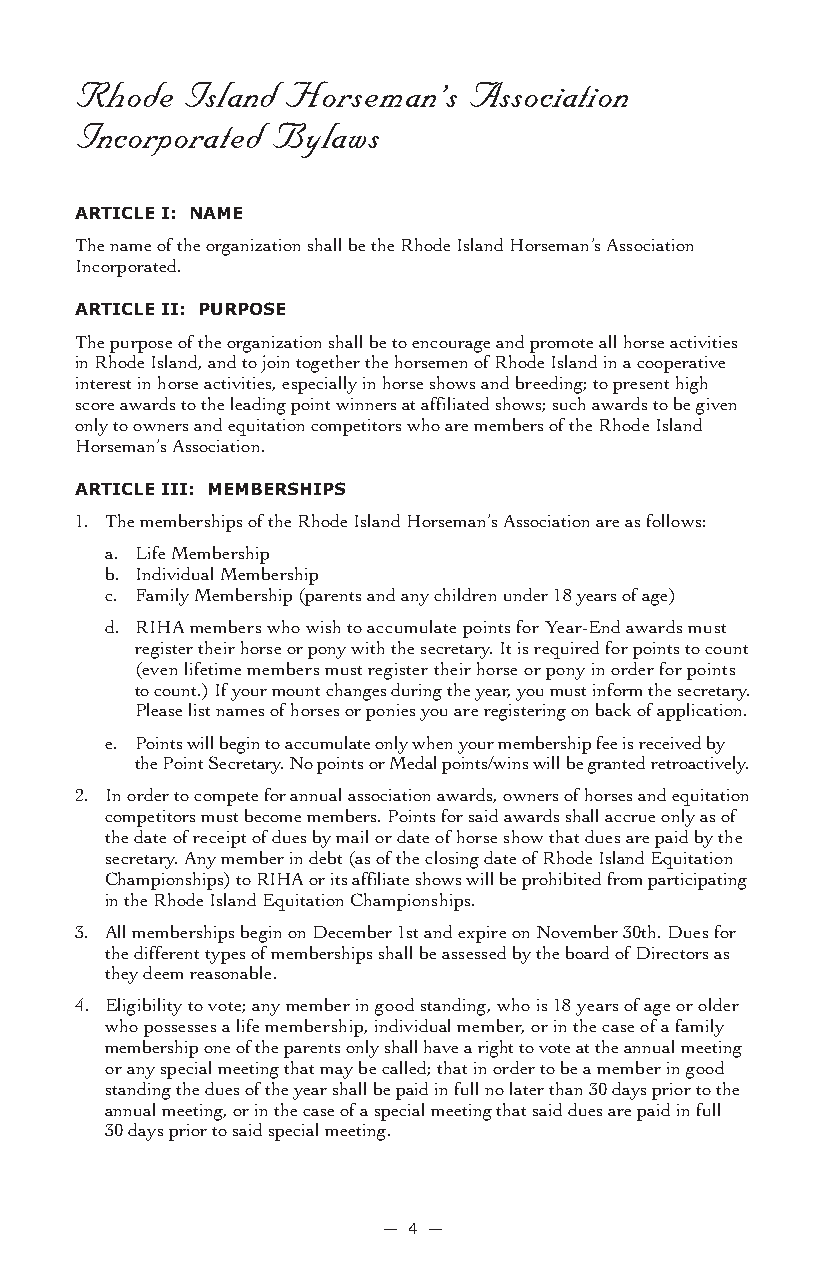
Rhode  Island Horseman’s  Association
 Incorporated Bylaws
 arTiCLe i: naMe
 The name of the organization shall be the Rhode Island Horseman’s Association
 Incorporated.
 arTiCLe ii: PUrPose
 The purpose of the organization shall be to encourage and promote all horse activities
 in Rhode Island, and to join together the horsemen of Rhode Island in a cooperative
 interest in horse activities, especially in horse shows and breeding; to present high
 score awards to the leading point winners at affiliated shows; such awards to be given
 only to owners and equitation competitors who are members of the Rhode Island
 Horseman’s Association.
 arTiCLe iii: MeMBersHiPs
 1. The memberships of the Rhode Island Horseman’s Association are as follows:
 a. Life Membership
 b. Individual Membership
 c. Family Membership (parents and any children under 18 years of age)
 d. RIHA members who wish to accumulate points for Year-End awards must
 register their horse or pony with the secretary. It is required for points to count
 (even lifetime members must register their horse or pony in order for points
 to count.) If your mount changes during the year, you must inform the secretary.
 Please list names of horses or ponies you are registering on back of application.
 e. Points will begin to accumulate only when your membership fee is received by
 the Point Secretary. No points or Medal points/wins will be granted retroactively.
 2. In order to compete for annual association awards, owners of horses and equitation
 competitors must become members. Points for said awards shall accrue only as of
 the date of receipt of dues by mail or date of horse show that dues are paid by the
 secretary. Any member in debt (as of the closing date of Rhode Island Equitation
 Championships) to RIHA or its affiliate shows will be prohibited from participating
 in the Rhode Island Equitation Championships.
 3. All memberships begin on December 1st and expire on November 30th. Dues for
 the different types of memberships shall be assessed by the board of Directors as
 they deem reasonable.
 4. Eligibility to vote; any member in good standing, who is 18 years of age or older
 who possesses a life membership, individual member, or in the case of a family
 membership one of the parents only shall have a right to vote at the annual meeting
 or any special meeting that may be called; that in order to be a member in good
 standing the dues of the year shall be paid in full no later than 30 days prior to the
 annual meeting, or in the case of a special meeting that said dues are paid in full
 30 days prior to said special meeting.
 — 4 —